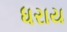
ધરાય